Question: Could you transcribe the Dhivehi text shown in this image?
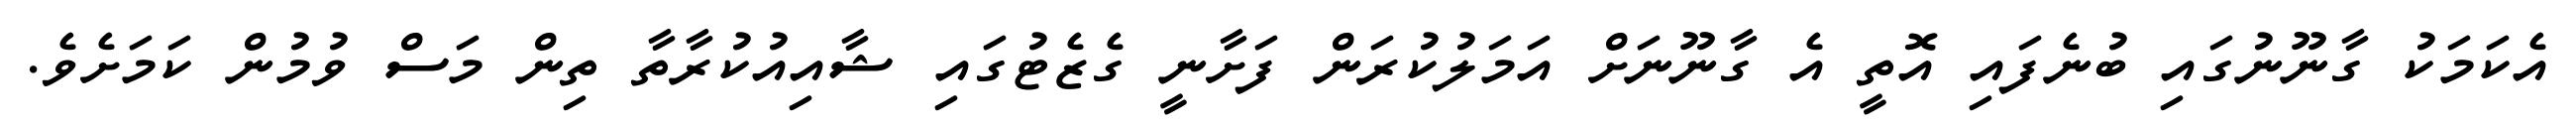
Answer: އެކަމަކު ގާނޫނުގައި ބުނެފައި އޮތީ އެ ގާނޫނަށް އަމަލުކުރަން ފަށާނީ ގެޒެޓުގައި ޝާއިއުކުރާތާ ތިން މަސް ވުމުން ކަމަށެވެ.